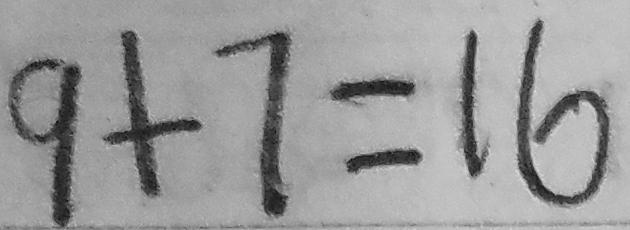
9 + 7 = 1 6